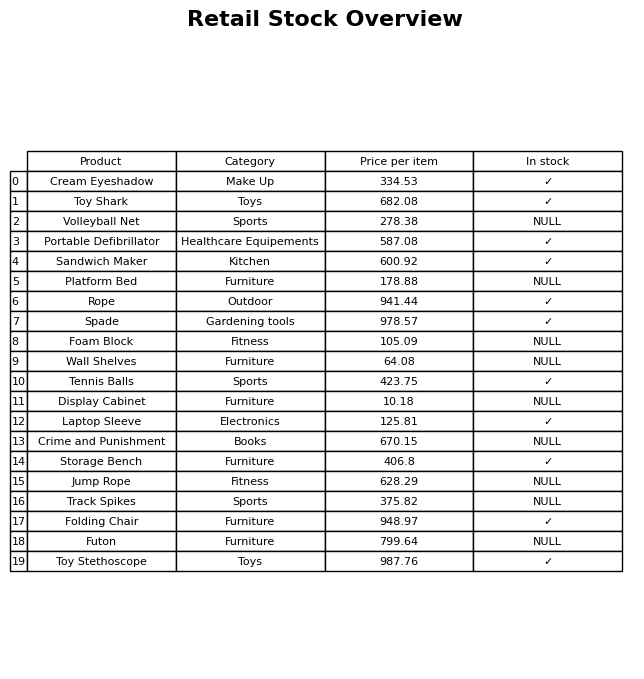
question: Is the Volleyball Net in stock?
answer: NULL